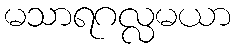
မသာရဂလ္လမယာ